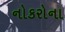
નોકરોના